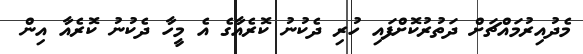
މެދުއިރުމައްޗަށް ދަތުރުކޮށްފައި ހުރި ދެކުނު ކޮރެއާގެ އެ މީހާ ދެކުނު ކޮރެއާ އިން